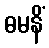
ဓမနိံ